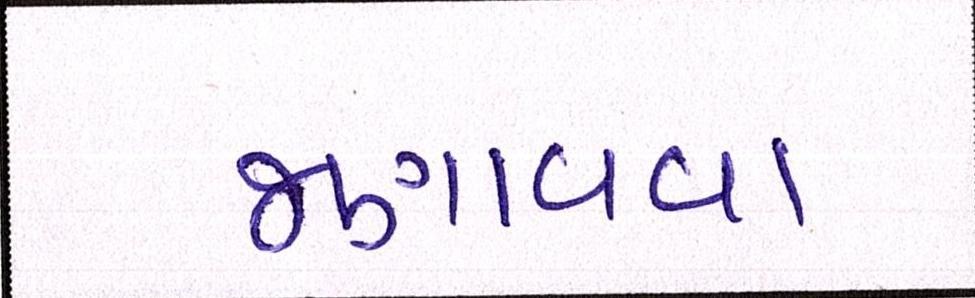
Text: જણાવવા